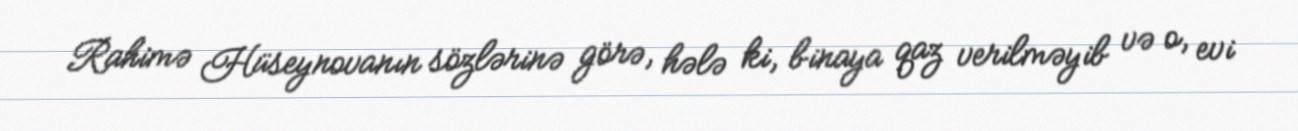
Rahimə Hüseynovanın sözlərinə görə, hələ ki, binaya qaz verilməyib və o, evi